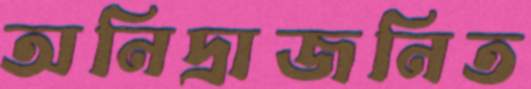
অনিদ্রাজনিত